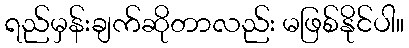
ရည်မှန်းချက်ဆိုတာလည်း မဖြစ်နိုင်ပါ။